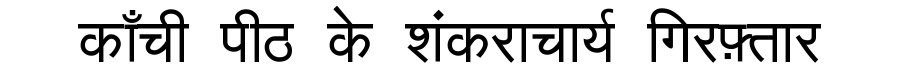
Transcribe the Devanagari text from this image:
काँची पीठ के शंकराचार्य गिरफ़्तार